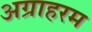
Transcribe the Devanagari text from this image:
अग्राहरम